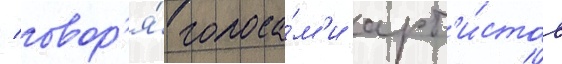
/ говор'я́ голоса́м'и арт'и́стов